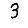
Digit: 3